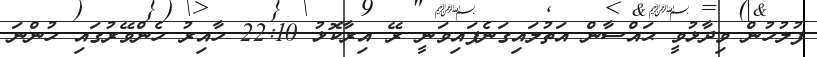
ފުލުހުން ވިދާޅުވީ ޙައްސާން އަތުލައިގަނެފައިވަނީ ރޭ އިރާކޮޅު 22:10 ހާއިރު ހެންވޭރުގައި ހުންނަ